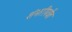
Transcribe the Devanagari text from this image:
शंभरीपर्यंत